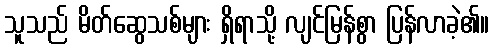
သူသည် မိတ်ဆွေသစ်များ ရှိရာသို့ လျင်မြန်စွာ ပြန်လာခဲ့၏။